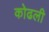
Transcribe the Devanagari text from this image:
कोढली